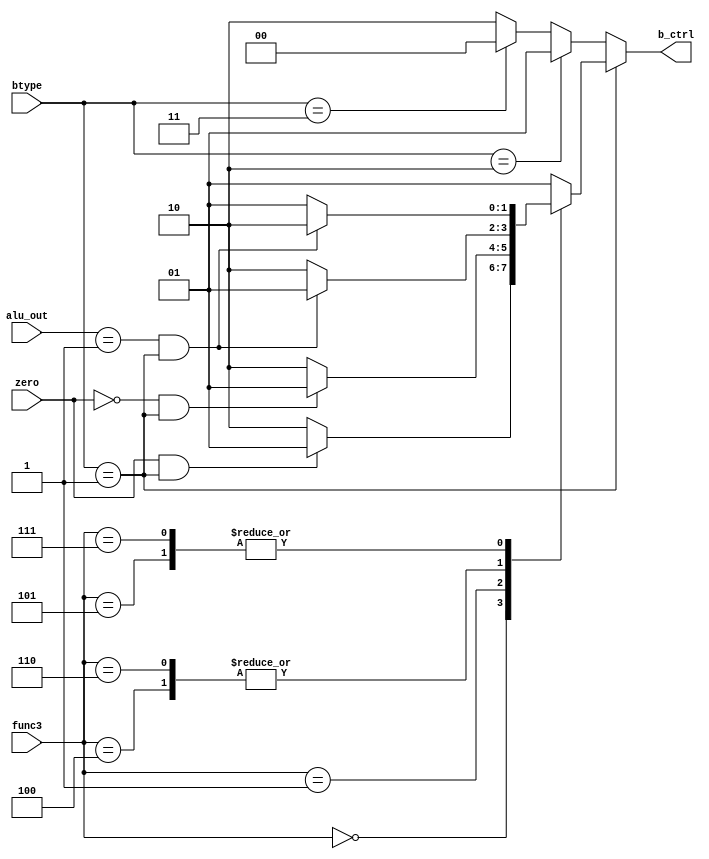
module BranchCtrl(
	input [2:0]func3,
	input zero,
	input [1:0]btype,   // it is for check whether it is b-type , j , i 	
	input [31:0]alu_out, // when it is 1 means `less than` => set less than
	output reg[1:0]b_ctrl
);
	always@*begin		
		if(btype==1)begin
			case(func3)
				3'b000:b_ctrl = (zero==1&&btype==1)?1:2;
				3'b001:b_ctrl = (zero!=1&&btype==1)?1:2;
				3'b100:b_ctrl = (alu_out==1&&btype==1)?1:2;
				3'b101:b_ctrl = (alu_out==1&&btype==1)?2:1;
				3'b110:b_ctrl = (alu_out==1&&btype==1)?1:2;
				3'b111:b_ctrl = (alu_out==1&&btype==1)?2:1;
				default:b_ctrl = 1;
			endcase
		end else if(btype==2)begin
			// J type
			b_ctrl = 1;
		end else if(btype==3)begin
			// I type => JALR
			b_ctrl = 0;
		end else begin
			b_ctrl = 2;
		end
	end
endmodule